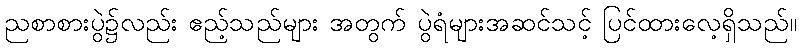
ညစာစားပွဲ၌လည်း ဧည့်သည်များ အတွက် ပွဲရံများအဆင်သင့် ပြင်ထားလေ့ရှိသည်။